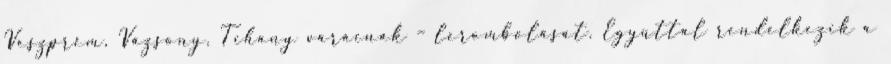
Veszprém, Vázsony, Tihany várainak – lerombolását. Egyúttal rendelkezik a